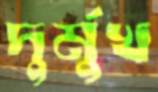
দুর্মুখ